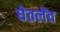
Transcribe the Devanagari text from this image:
घेतलेंव